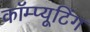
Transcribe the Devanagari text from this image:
कॉम्प्यूटिंग